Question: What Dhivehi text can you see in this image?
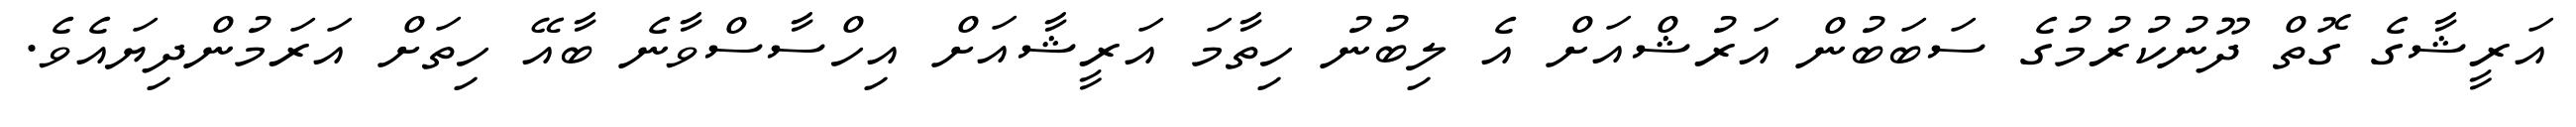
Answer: އަރީޝާގެ ގޮތް ދޫނުކުރުމުގެ ސަބަބުން އަރުޝްއަށް އެ ލިބުނު ހިތާމަ އަރީޝާއަށް އިހްސާސްވާނެ ބާއޭ ހިތަށް އަރަމުންދިޔައެވެ.